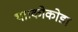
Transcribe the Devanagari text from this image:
था।कोकोडा